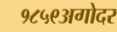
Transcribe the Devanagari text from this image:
१८५९अगोदर